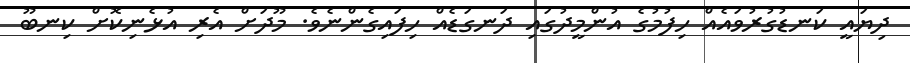
ދިޔައީ ކަނޑުގުރުވައެއް ހިފުމުގެ އުންމީދުގައި ދަނގަޑެއް ހިފައިގެންނެވެ. މޫދަށް އެރި އުޅެނިކޮށް ކިނބޫ